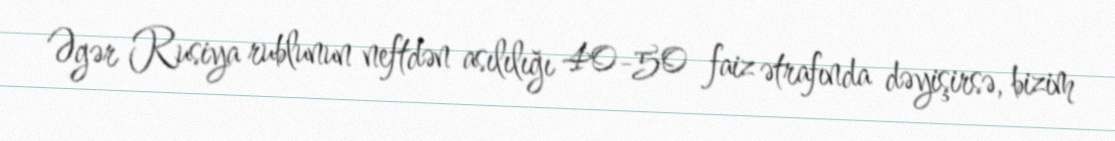
Əgər Rusiya rublunun neftdən asılılığı 40-50 faiz ətrafında dəyişirsə, bizim